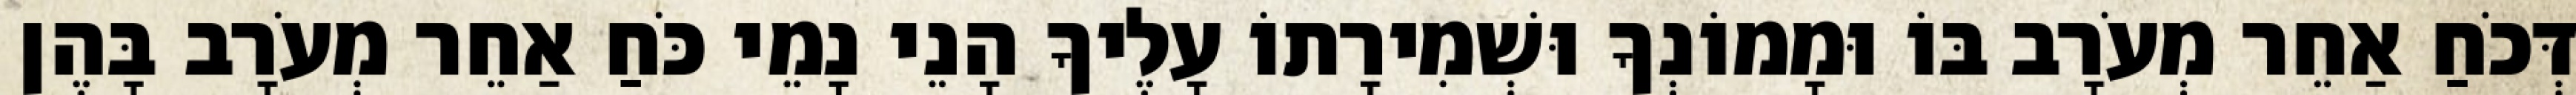
דְּכֹחַ אַחֵר מְעֹרָב בּוֹ וּמָמוֹנְךָ וּשְׁמִירָתוֹ עָלֶיךָ הָנֵי נָמֵי כֹּחַ אַחֵר מְעֹרָב בָּהֶן